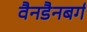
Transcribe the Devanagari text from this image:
वैनडैनबर्ग